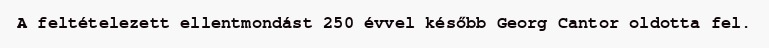
A feltételezett ellentmondást 250 évvel később Georg Cantor oldotta fel.